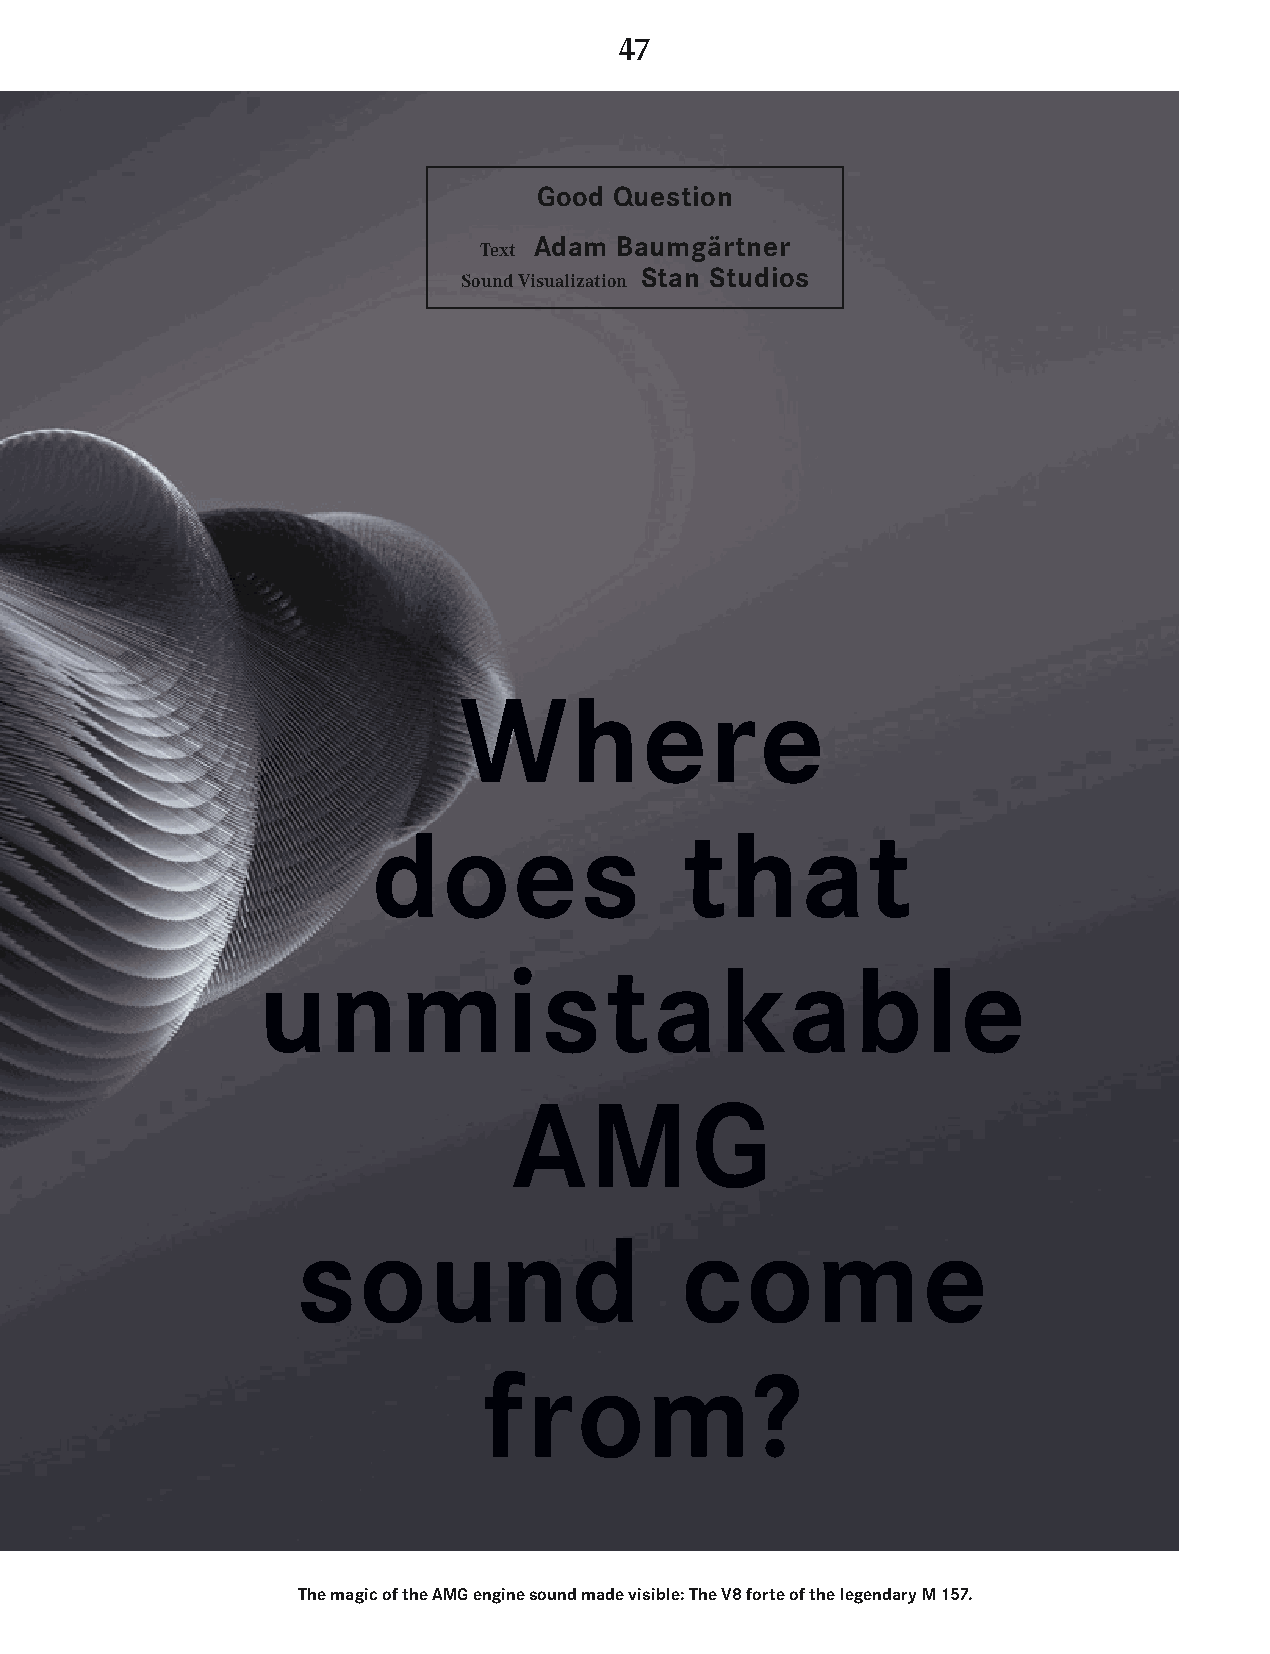
47
 Good Question
 Adam  Baumgärtner
 Text
 Stan Studios
 Sound Visualization
 Where
 does                that
 unmistakable
 AMG
 sound                    come
 from?
 The magic of the AMG engine sound made visible: The V8 forte of the legendary M 157.